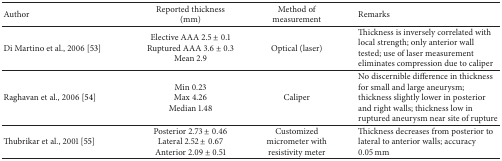
| Author | Reported thickness (mm) | Method of measurement | Remarks |
 | --- | --- | --- | --- |
 | Di Martino et al., 2006 [53] | Elective AAA 2.5 ± 0.1Ruptured AAA 3.6 ± 0.3Mean 2.9 | Optical (laser) | Thickness is inversely correlated with local strength; only anterior wall tested; use of laser measurement eliminates compression due to caliper |
 | Raghavan et al., 2006 [54] | Min 0.23Max 4.26Median 1.48 | Caliper | No discernible difference in thickness for small and large aneurysm; thickness slightly lower in posterior and right walls; thickness low in ruptured aneurysm near site of rupture |
 | Thubrikar et al., 2001 [55] | Posterior 2.73 ± 0.46Lateral 2.52 ± 0.67Anterior 2.09 ± 0.51 | Customized micrometer with resistivity meter | Thickness decreases from posterior to lateral to anterior walls; accuracy 0.05 mm |